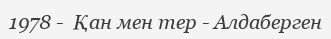
1978 -  Қан мен тер - Алдаберген